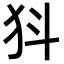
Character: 𭷾